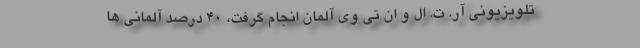
تلویزیونی آر. ت. ال و ان تی وی آلمان انجام گرفت، ۴۰ درصد آلمانی ها